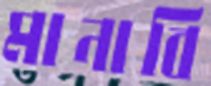
মানাবি